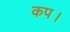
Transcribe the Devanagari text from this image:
कप।